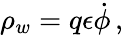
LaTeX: \rho_{w}=q\epsilon{\dot{\phi}}\, ,